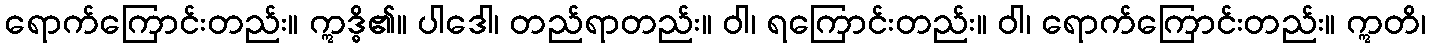
ရောက်ကြောင်းတည်း။ ဣဒ္ဓိ၏။ ပါဒေါ၊ တည်ရာတည်း။ ဝါ၊ ရကြောင်းတည်း။ ဝါ၊ ရောက်ကြောင်းတည်း။ ဣတိ၊